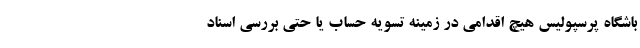
باشگاه پرسپولیس هیچ اقدامی در زمینه تسویه حساب یا حتی بررسی اسناد